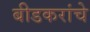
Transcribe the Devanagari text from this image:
बीडकरांचे